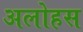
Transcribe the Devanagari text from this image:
अलोहस